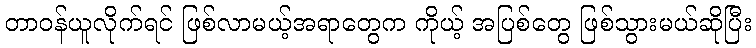
တာဝန်ယူလိုက်ရင် ဖြစ်လာမယ့်အရာတွေက ကိုယ့် အပြစ်တွေ ဖြစ်သွားမယ်ဆိုပြီး